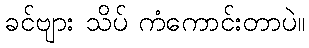
ခင်ဗျား သိပ် ကံကောင်းတာပဲ။